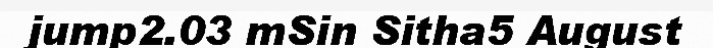
jump2.03 mSin Sitha5 August